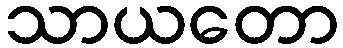
သာယတော